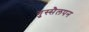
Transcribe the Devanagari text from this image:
गुस्सैलपन